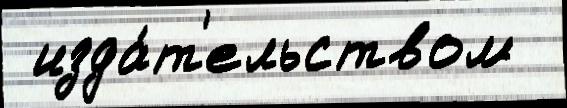
 изда́т'ельством